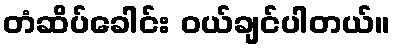
တံဆိပ်ခေါင်း ဝယ်ချင်ပါတယ်။